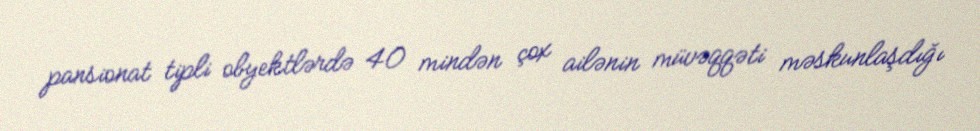
pansionat tipli obyektlərdə 40 mindən çox ailənin müvəqqəti məskunlaşdığı